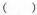
( )